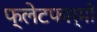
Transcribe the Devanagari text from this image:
फ्लेटफार्मों